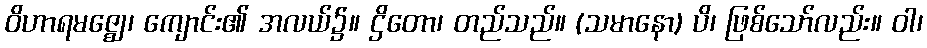
ဝိဟာရမဇ္ဈေ၊ ကျောင်း၏ အလယ်၌။ ဌိတော၊ တည်သည်။ (သမာနော) ပိ၊ ဖြစ်သော်လည်း။ ဝါ၊